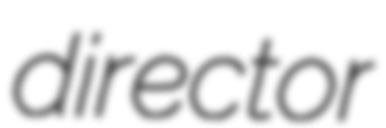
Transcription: director